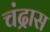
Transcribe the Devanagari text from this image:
चंद्रास